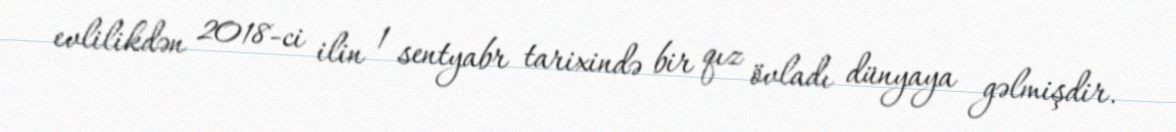
evlilikdən 2018-ci ilin 1 sentyabr tarixində bir qız övladı dünyaya gəlmişdir.